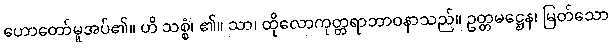
ဟောတော်မူအပ်၏။ ဟိ သစ္စံ၊ ၏။ သာ၊ ထိုလောကုတ္တရာဘာဝနာသည်။ ဥတ္တမဋ္ဌေန၊ မြတ်သော